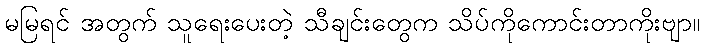
မမြရင် အတွက် သူရေးပေးတဲ့ သီချင်းတွေက သိပ်ကိုကောင်းတာကိုးဗျာ။